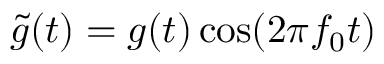
\tilde { g } ( t ) = g ( t ) \cos ( 2 \pi f _ { 0 } t )